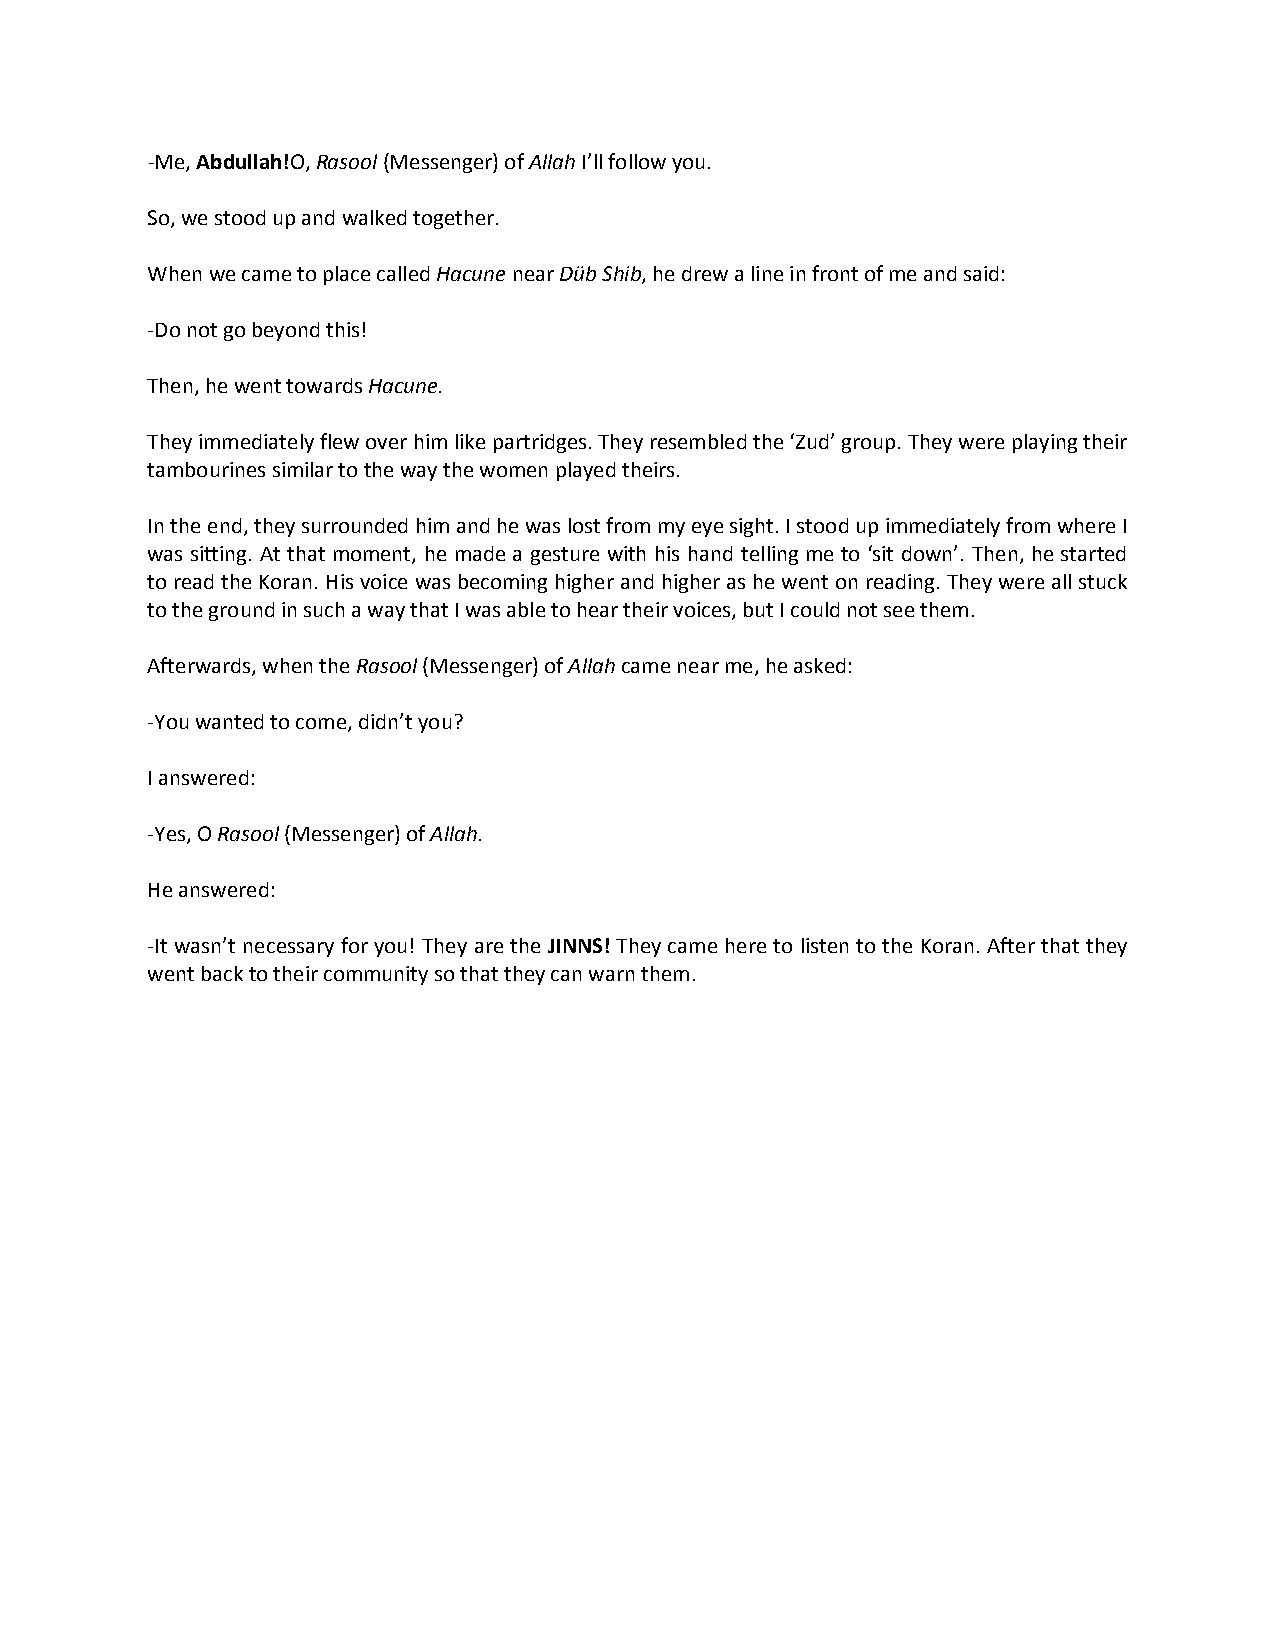
-Me, Abdullah!O, Rasool (Messenger) of Allah I’ll follow you.
 So, we stood up and walked together.
 When we came to place called Hacune near Düb Shib, he drew a line in front of me and said:
 -Do not go beyond this!
 Then, he went towards Hacune.
 They immediately flew over him like partridges. They resembled the ‘Zud’ group. They were playing their
 tambourines similar to the way the women played theirs.
 In the end, they surrounded him and he was lost from my eye sight. I stood up immediately from where I
 was sitting. At that moment, he made a gesture with his hand telling me to ‘sit down’. Then, he started
 to read the Koran. His voice was becoming higher and higher as he went on reading. They were all stuck
 to the ground in such a way that I was able to hear their voices, but I could not see them.
 Afterwards, when the Rasool (Messenger) of Allah came near me, he asked:
 -You wanted to come, didn’t you?
 I answered:
 -Yes, O Rasool (Messenger) of Allah.
 He answered:
 -It wasn’t necessary for you! They are the JINNS! They came here to listen to the Koran. After that they
 went back to their community so that they can warn them.